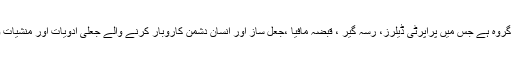
ایک ایسا مفاداتی گروہ ہے جس میں پراپرٹی ڈیلرز، رسہ گیر ، قبضہ مافیا ،جعل ساز اور انسان دشمن کاروبار کرنے والے جعلی ادویات اور منشیات وغیرہ شامل ہیں ۔